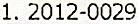
1. 2012-0029